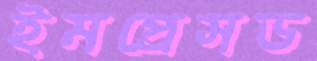
ইমপ্রেসড